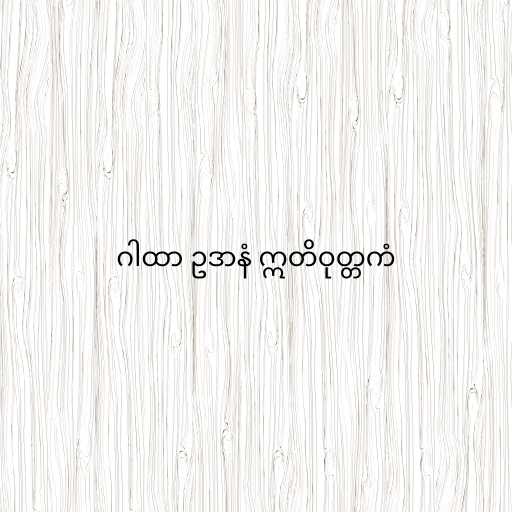
ဂါထာ ဥဒာနံ ဣတိဝုတ္တကံ